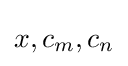
x,c_{m},c_{n}